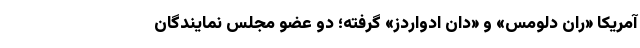
آمریکا «ران دِلومس» و «دان ادواردز» گرفته؛ دو عضو مجلس نمایندگان